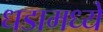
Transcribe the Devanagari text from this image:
धडामध्ये